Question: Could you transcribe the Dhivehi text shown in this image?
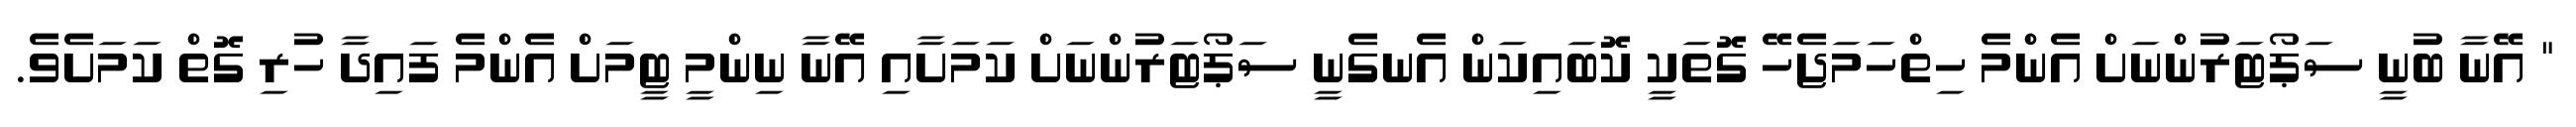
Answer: " އޭނާ ބުނީ ސަޕޯޓަރުންނަށް އެންމެ ހިތްހަމަޖެހޭ ގޮތަކީ ކޮބައިކަން އެނގެނީ ސަޕޯޓަރުންނަށް ކަމަށާއި އޭނާ ނިންމީ ޓީމަށް އެންމެ ފައިދާ ހުރި ގޮތް ކަމަށެވެ.